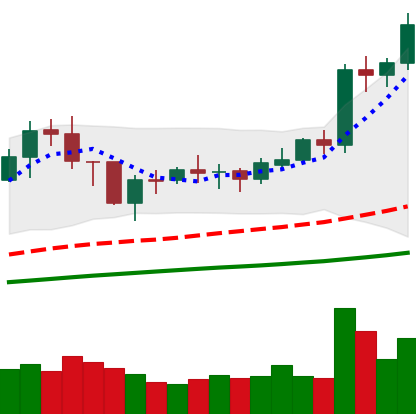
Ticker: BNB-USD
Chart end date: 2021-02-04
Forward return: 92.935%
Label: up_7plus